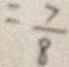
= \frac { 7 } { 8 }